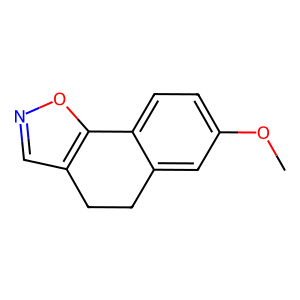
SMILES: COc1ccc2c(c1)CCc1cnoc1-2
Inhibits HIV replication: No